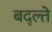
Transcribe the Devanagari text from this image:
बद्ल्ते